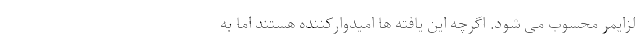
لزایمر محسوب می شود. اگرچه این یافته ها امیدوارکننده هستند اما به